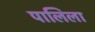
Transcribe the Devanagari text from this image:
पालिला